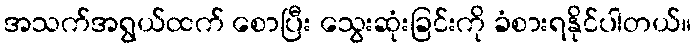
အသက်အရွယ်ထက် စောပြီး သွေးဆုံးခြင်းကို ခံစားရနိုင်ပါတယ်။